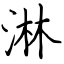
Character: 淋